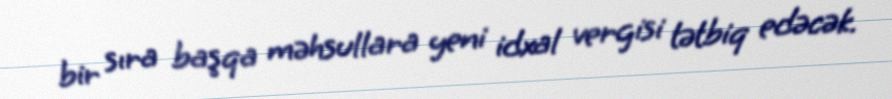
bir sıra başqa məhsullara yeni idxal vergisi tətbiq edəcək.